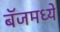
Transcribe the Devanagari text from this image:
बॅजमध्ये